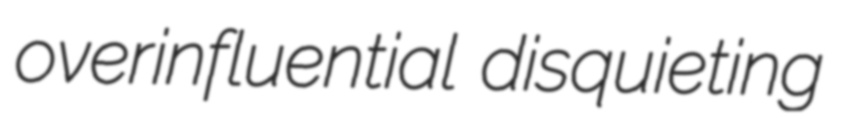
overinfluential disquieting